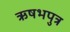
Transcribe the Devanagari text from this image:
ऋषभपुत्र